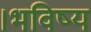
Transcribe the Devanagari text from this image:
।भविष्य